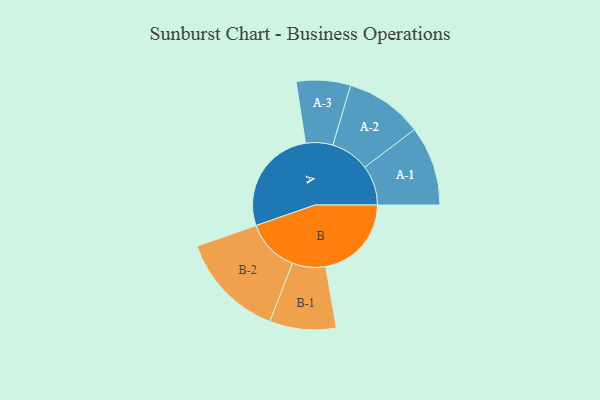
{"axis": {"x": "Segment", "y": "Value"}, "legend": ["", "A", "B"], "data": [{"x": "A", "y": 405, "type": ""}, {"x": "B", "y": 323, "type": ""}, {"x": "A-1", "y": 150, "type": "A"}, {"x": "A-2", "y": 146, "type": "A"}, {"x": "A-3", "y": 102, "type": "A"}, {"x": "B-1", "y": 125, "type": "B"}, {"x": "B-2", "y": 200, "type": "B"}]}